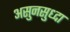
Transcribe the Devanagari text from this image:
असुनसुध्दा